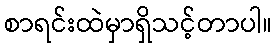
စာရင်းထဲမှာရှိသင့်တာပါ။